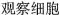
观察细胞